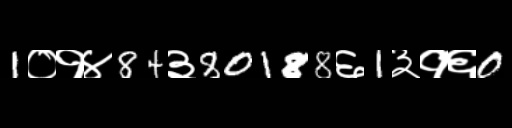
Text: 1०१४84३80188६1३१६0